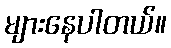
များနေပါတယ်။